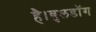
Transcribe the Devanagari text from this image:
है।बुलडॉग